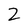
Character: 2